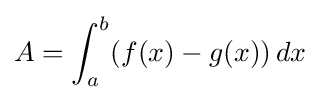
A=\int _{a}^{b}(f(x)-g(x))\,dx